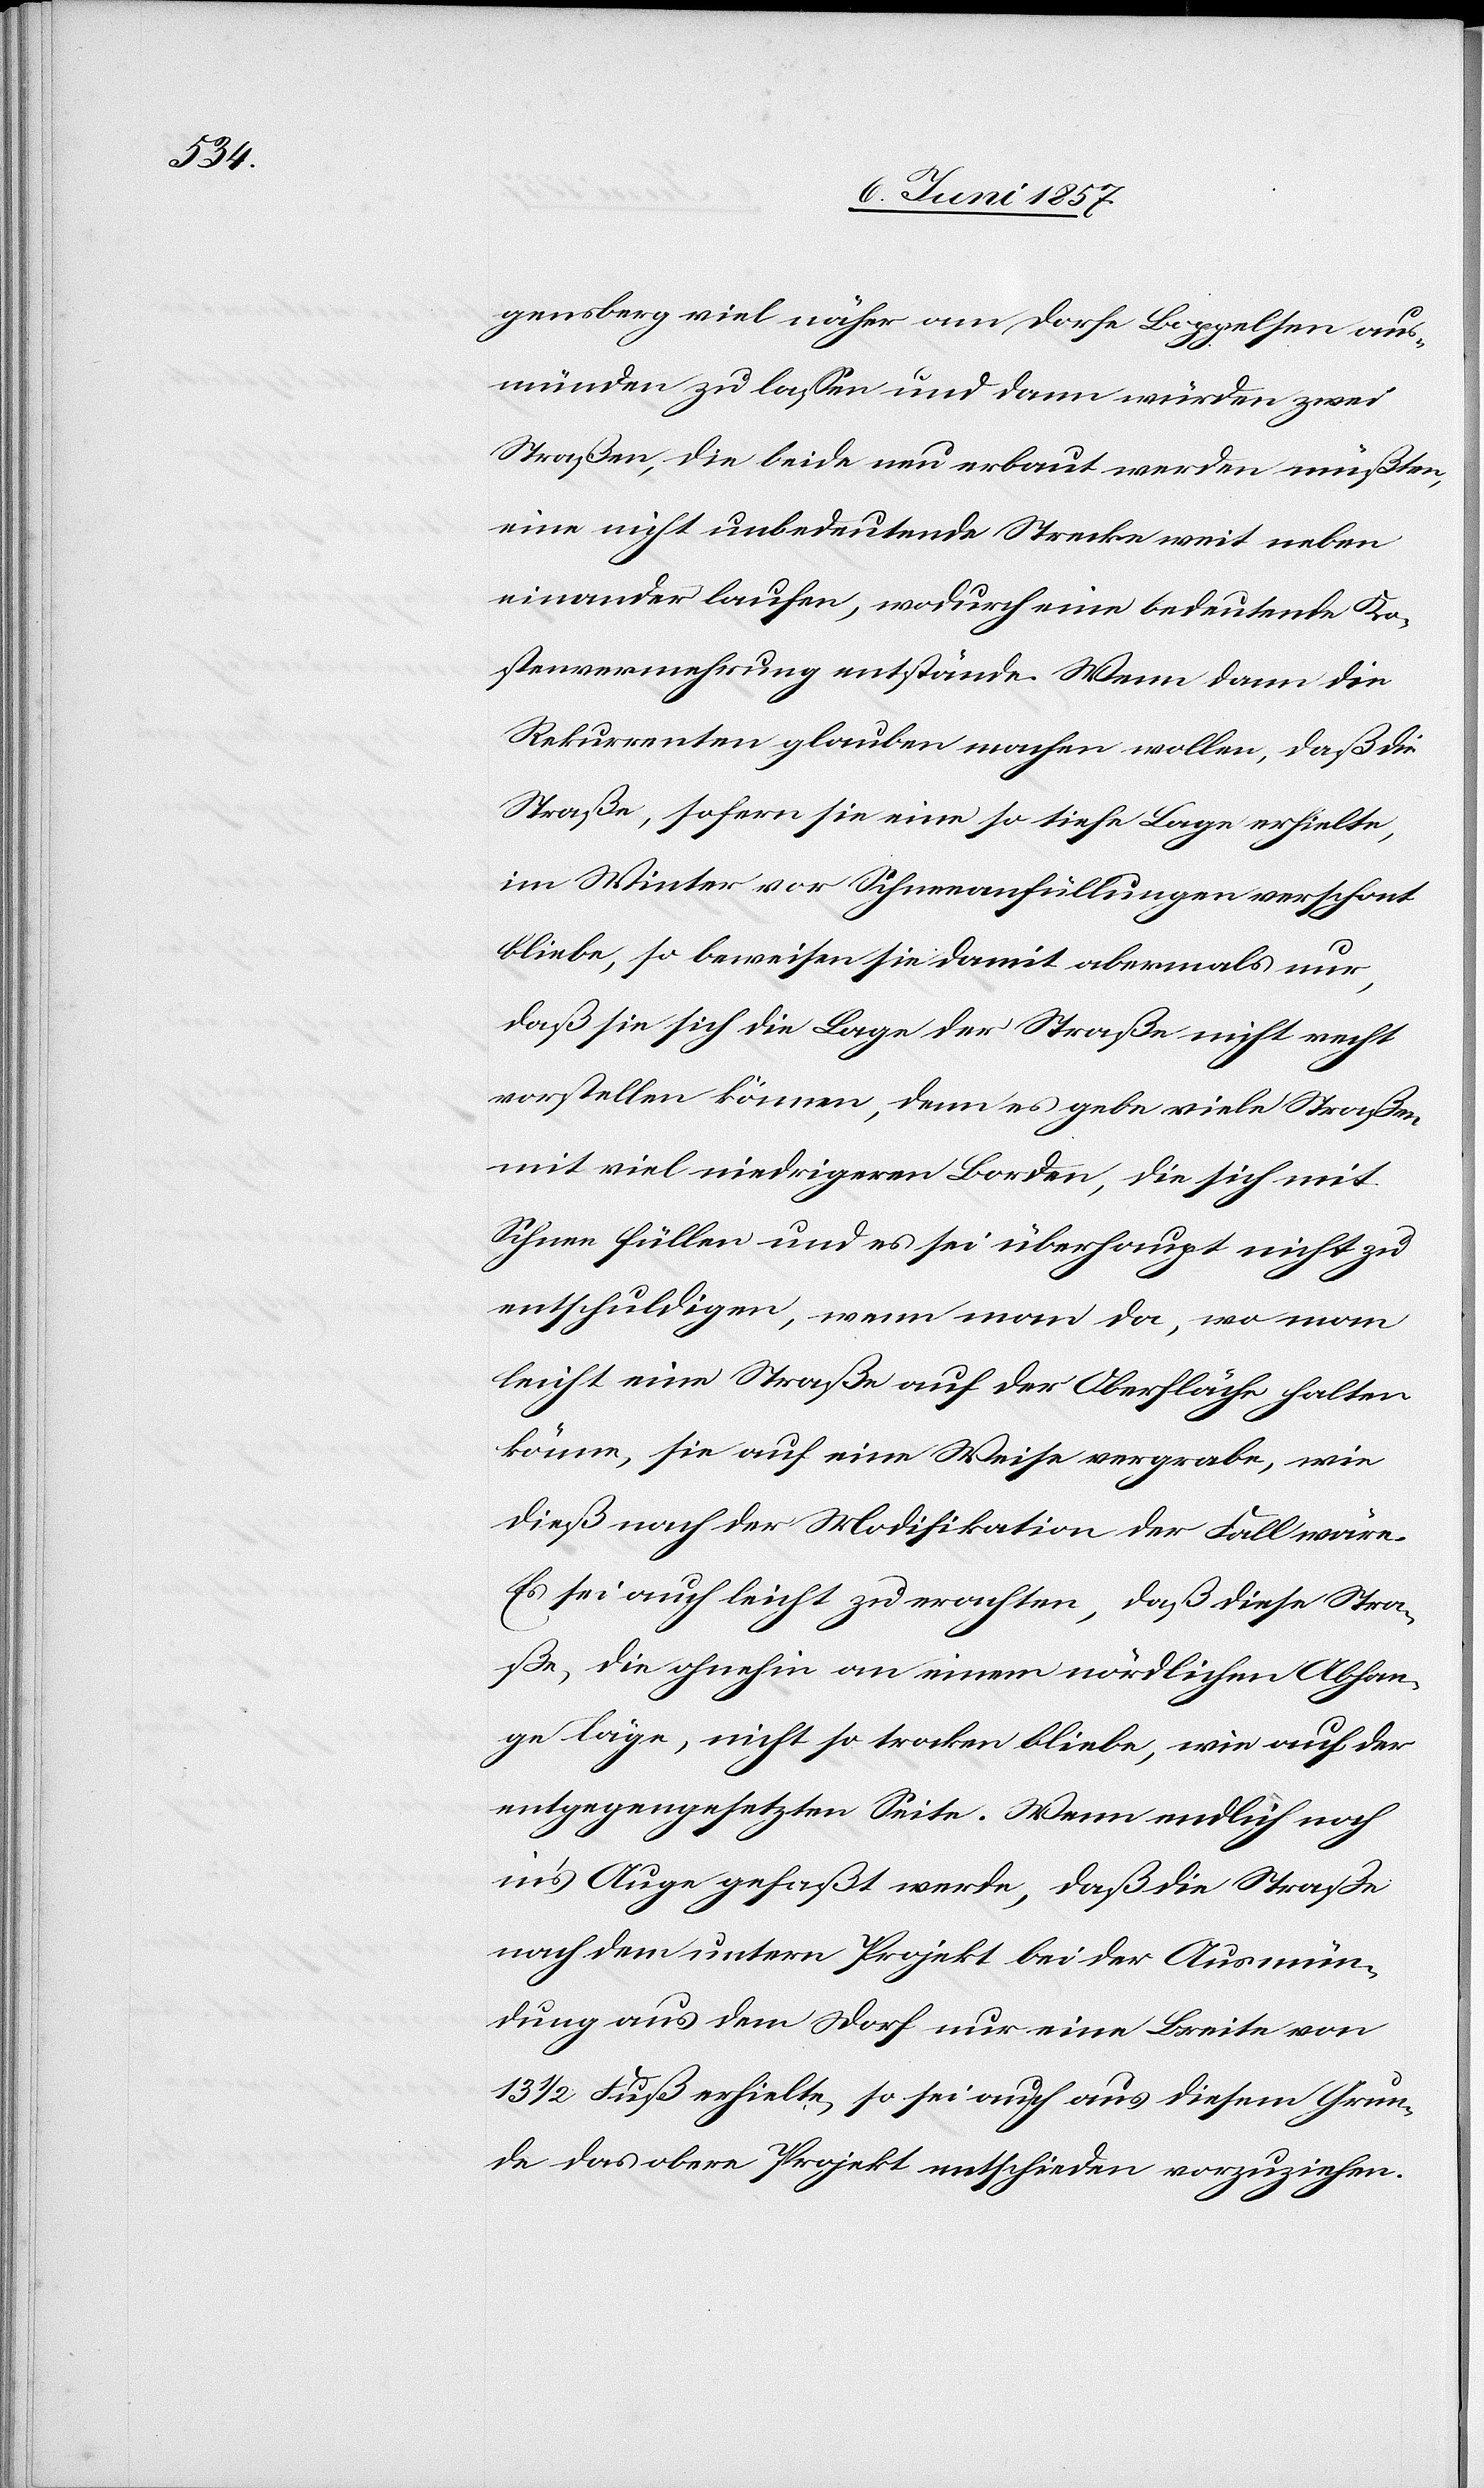
gensberg viel näher am Dorfe Boppelsen aus¬
münden zu laßen und dann würden zwei
Straßen, die beide neu erbaut werden müßten,
eine nicht unbedeutende Strecke weit neben
einander laufen, wodurch eine bedeutende Ko¬
stenvemehrung entstände. Wenn dann die
Rekurrenten glauben machen wollen, daß die
Straße, sofern sie eine so tiefe Lage erhielte,
im Winter vor Schneeanfüllungen verschont
bliebe, so beweisen sie damit abermals nur,
daß sie sich die Lage der Straße nicht recht
vorstellen können, denn es gebe viele Straßen
mit viel niedrigeren Borden, die sich mit
Schnee füllen und es sei überhaupt nicht zu
entschuldigen, wenn man da, wo man
leicht eine Straße auf der Oberfläche halten
könne, sie auf eine Weise vergrabe, wie
dieß nach der Modifikation der Fall wäre.
Es sei auch leicht zu erachten, daß diese Stra¬
ße, die ohnehin an einem nördlichen Abhan¬
ge läge, nicht so trocken bliebe, wie auf der
entgegengesetzten Seite. Wenn endlich noch
in’s Auge gefaßt werde, daß die Straße
nach dem untern Projekt bei der Ausmün¬
dung aus dem Dorfe nur eine Breite von
13 1/2 Fuß erhielte, so sei auch aus diesem Grun¬
de das obere Projekt entschieden vorzuziehen.